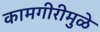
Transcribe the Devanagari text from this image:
कामगीरीमुळे